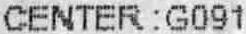
CENTER : G091